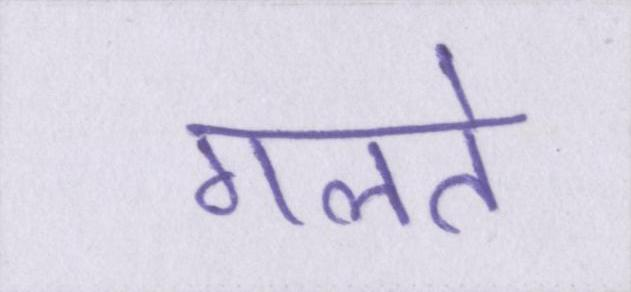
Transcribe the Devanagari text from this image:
गलते